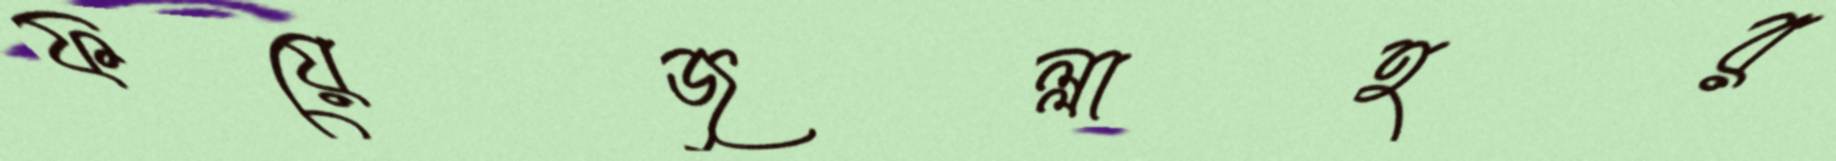
ফয়েজুল্লাহর